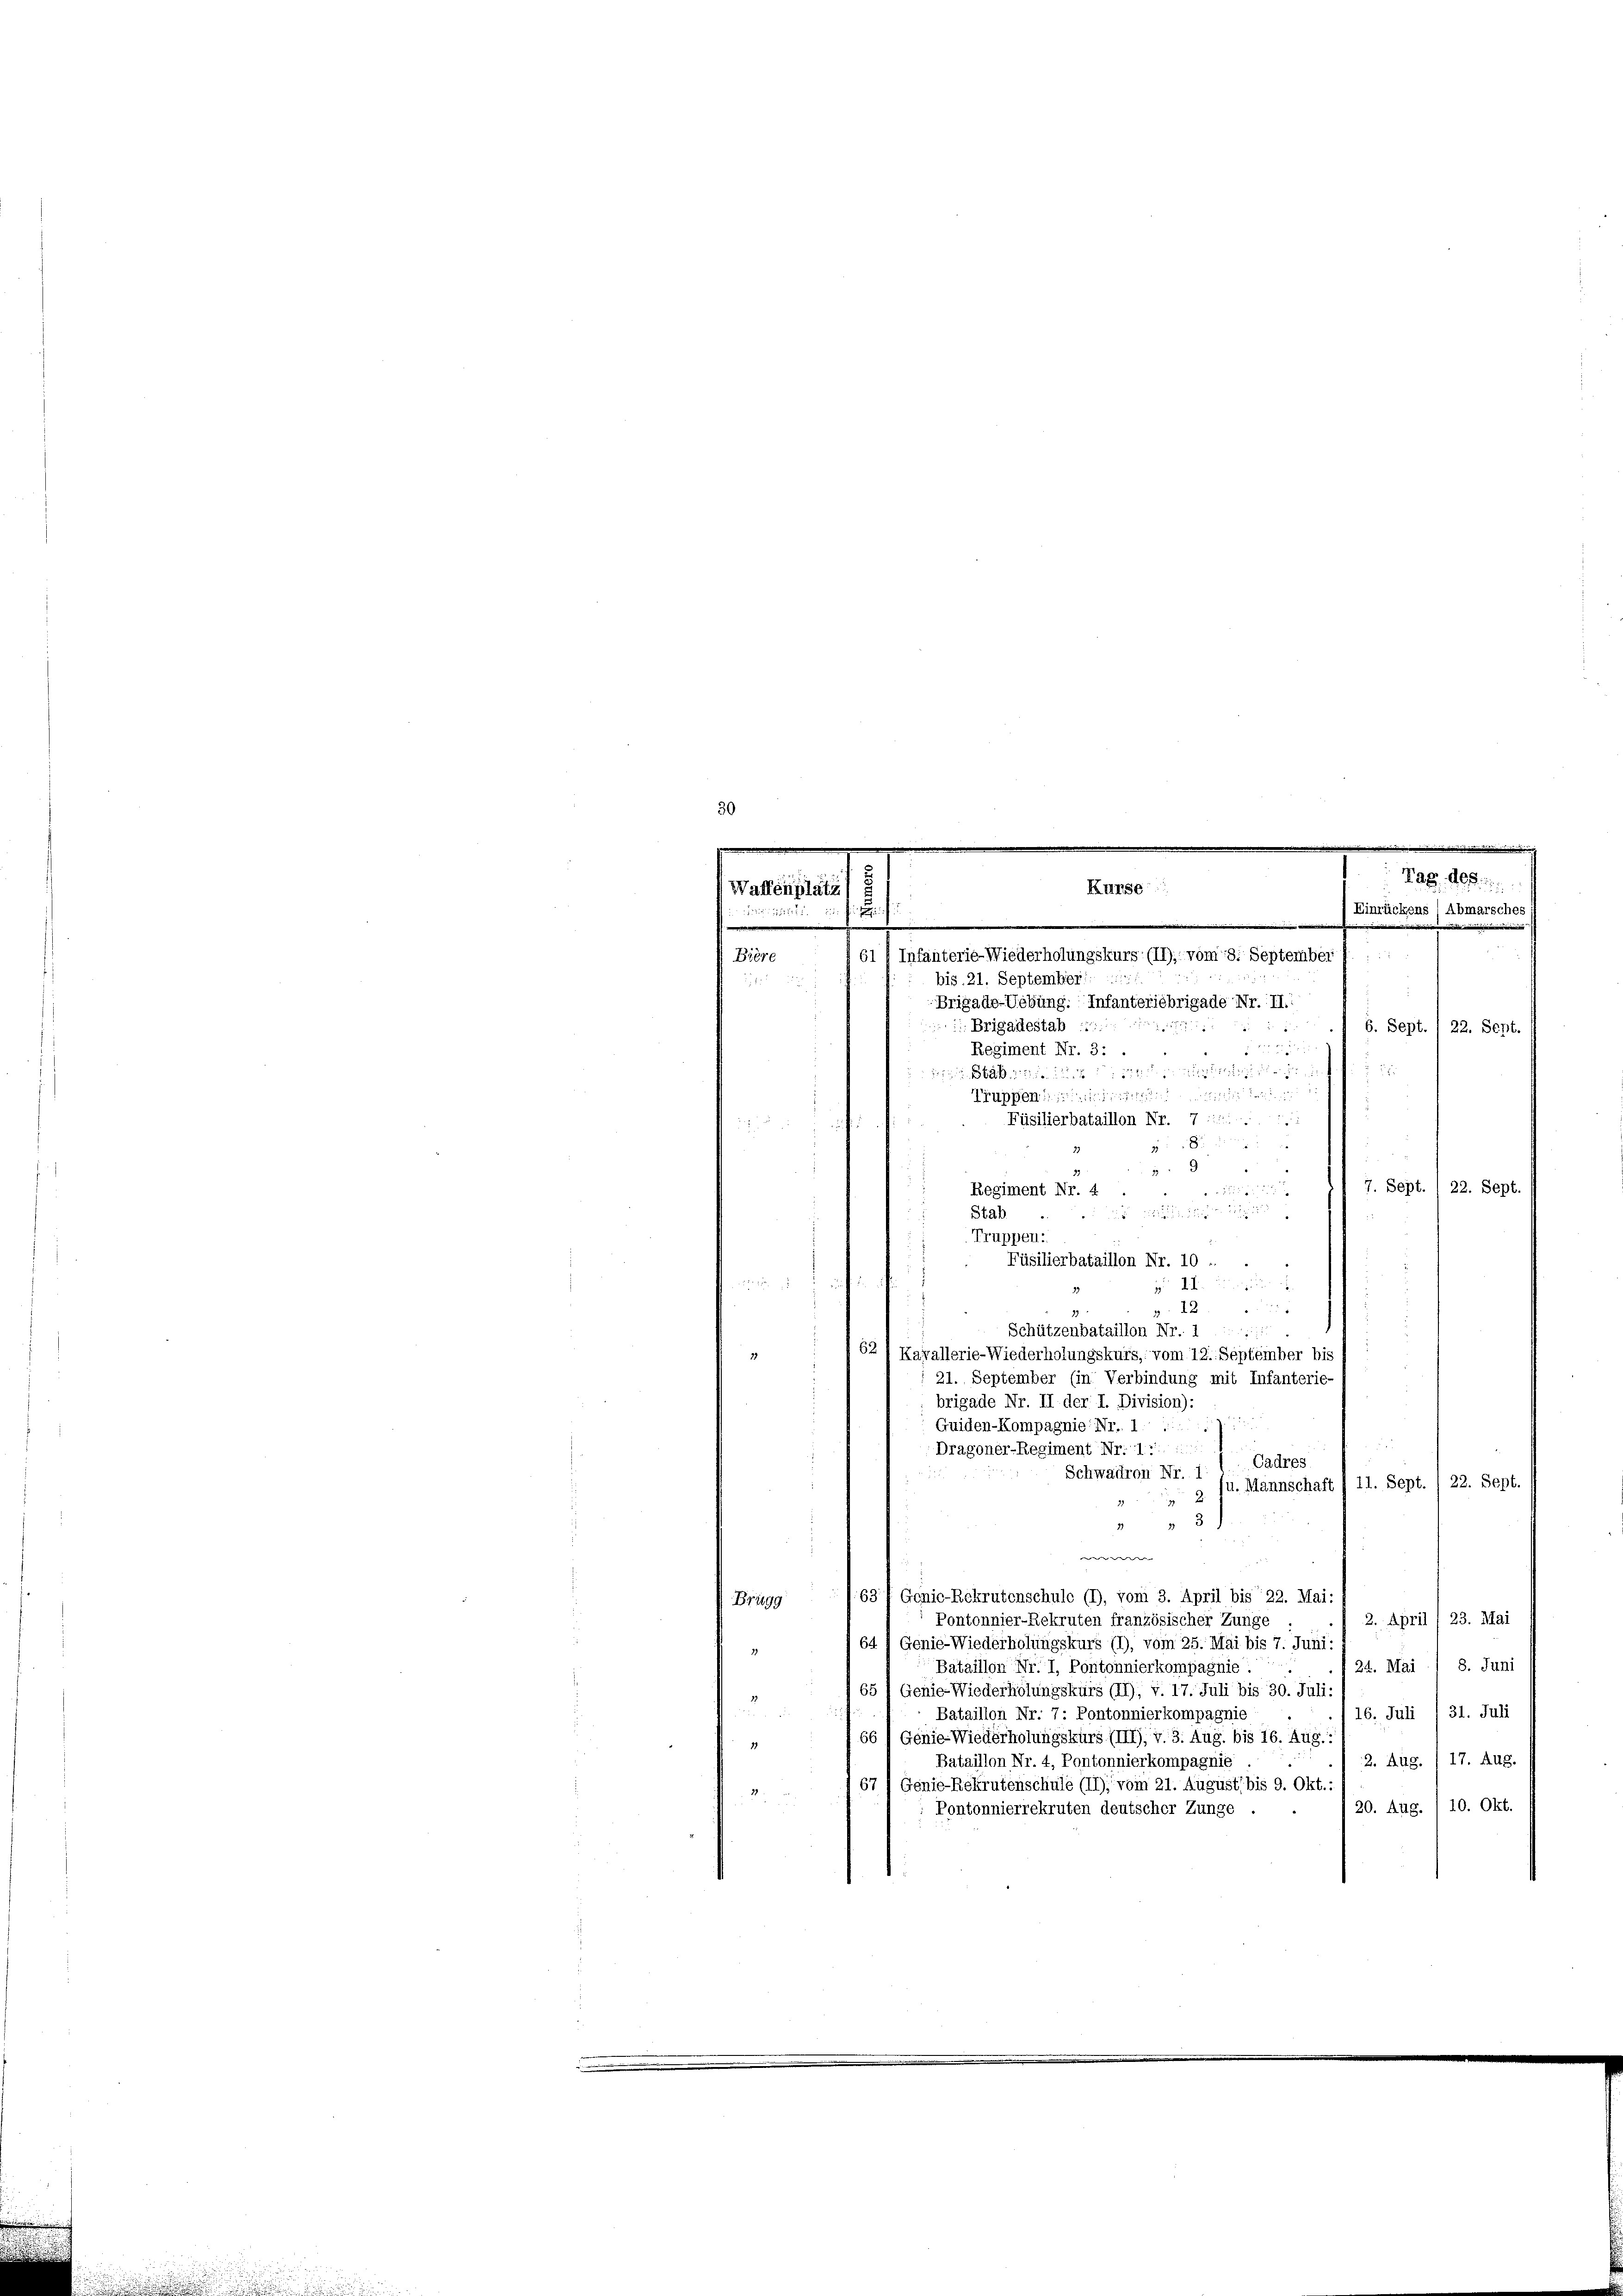
Waffenplatz

e
e
.
61 (Infanterie-Wiederholungskurs (II); vom 8. September J. ...
bis. 21. September
Brigado-Uebung: Infanteriebrigade Nr. II.
 Brigadestab
7
6. Sept. 1 22. Sept.

Regiment Nr. 3:
aende nun wieder angemeinden hinten un
Truppen in durch der laut
Füsilierbataillon Nr. 7

33
7. Sept. / 22. Sept.
Regiment Nr. 4

Stab

Truppen:
Füsilierbataillon Nr. 10 -
 24. Jungen
g. 12.
Schützenbataillon Nr. 1
62) Kavallerie-Wiederholungskurs, vom 12. September bis s
21. September (in Verbindung mit Infanterie-
brigade Nr. II der I. Division):
Guiden-Kompagnie Nr. .......
55
Dragoner-Regiment Nr. 17.
Cadres
Schwadron Nr. 1
u. Mannschaft (11. Sept. 1 22. Sept
2.
3
2
w
u
63f Genic-Rekrutenschule (1), vom 3. April bis 22. Mai:
Brugg
2. April 23. Mai
Pontonnier-Rekruten französischer Zunge
) 64 4 Genie-Wiederholungskurs (1), vom 25. Mai bis 7. Juni:
24. Mai 1 8. Juni
Bataillon Nr. I, Pontonnierkompagnie:
65) Genie Wiederholungskurs (II), v. 17. Juli bis 30. Juli:
16. Juli 131. Juli
Bataillon Nr. 7: Pontonnierkompagnie
66/Genie Wiederholungskurs (III), v. 3. Aug. bis 16. Aug.:
2. Aug. 17. Aug.
Bataillon Nr. 4, Pontonnierkompagnie
67) Genie-Rekrutenschule (II), vom 21. August, bis 9. Okt.:
20. Aug. 10. Okt.
Pontonnierrekruten deutscher Zunge

Bière

Kurse

.
Tag. des

Einrückens) Abmarsches i